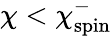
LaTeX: \chi<\chi_{\mathrm{spin}}^{-}